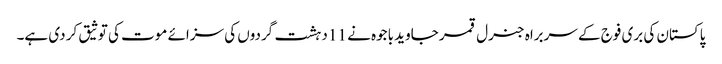
پاکستان کی بری فوج کے سربراہ جنرل قمر جاوید باجوہ نے 11 دہشت گردوں کی سزائے موت کی توثیق کر دی ہے۔